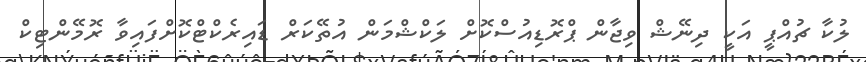
ލުކާ ޗުއްޕީ އަކީ ދިނޭޝް ވިޖާން ޕްރޮޑިއުސްކޮށް ލަކްޝްމަން އުތޭކަރް ޑައިރެކްޓްކޮށްފައިވާ ރޮމޭންޓިކް